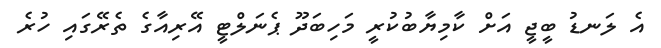
އެ ލަނޑު ބީޖީ އަށް ކާމިޔާބުކުރީ މަހިބަދޫ ޕެނަލްޓީ އޭރިއާގެ ތެރޭގައި ހުރެ